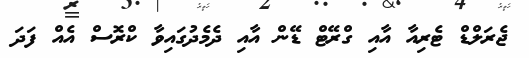
ޖެރަލްޑް ޓެރިއާ އާއި ގްރޭޓް ޑޭން އާއި ދެމެދުގައިވާ ކްރޮސް އެއް ފަދަ